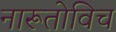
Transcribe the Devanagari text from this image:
नारूतोविच